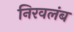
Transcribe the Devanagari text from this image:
निरवलंब